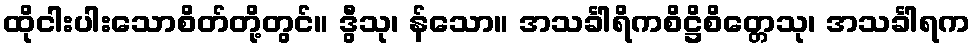
ထိုငါးပါးသောစိတ်တို့တွင်။ ဒွီသု၊ န်သော။ အသင်္ခါရိကစိဋ္ဌိစိတ္တေသု၊ အသင်္ခါရက